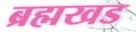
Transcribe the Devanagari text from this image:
ब्रह्मखड